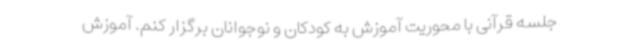
جلسه‌ قرآنی با محوریت آموزش به کودکان و نوجوانان برگزار کنم‌. آموزش